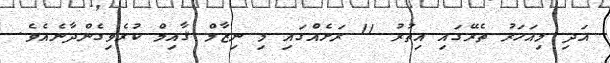
އަދި މިއަހަރު ތެރޭގައި އިތުރު 11 ރަށެއްގައި މި ނިޒާމް ޤާއިމް ކުރެވިގެންދާނެއެވެ.